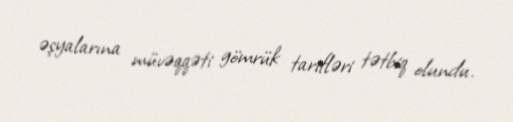
əşyalarına müvəqqəti gömrük tarifləri tətbiq olundu.